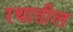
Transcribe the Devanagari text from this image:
रथातील